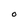
Character: O